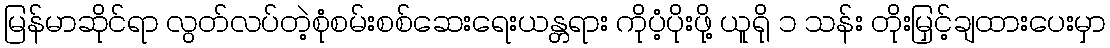
မြန်မာဆိုင်ရာ လွတ်လပ်တဲ့စုံစမ်းစစ်ဆေးရေးယန္တရား ကိုပံ့ပိုးဖို့ ယူရို ၁ သန်း တိုးမြှင့်ချထားပေးမှာ